Report on the working of the mental hospitals for Indians in Bihar and Orissa - 1925-1929
Year: 1925
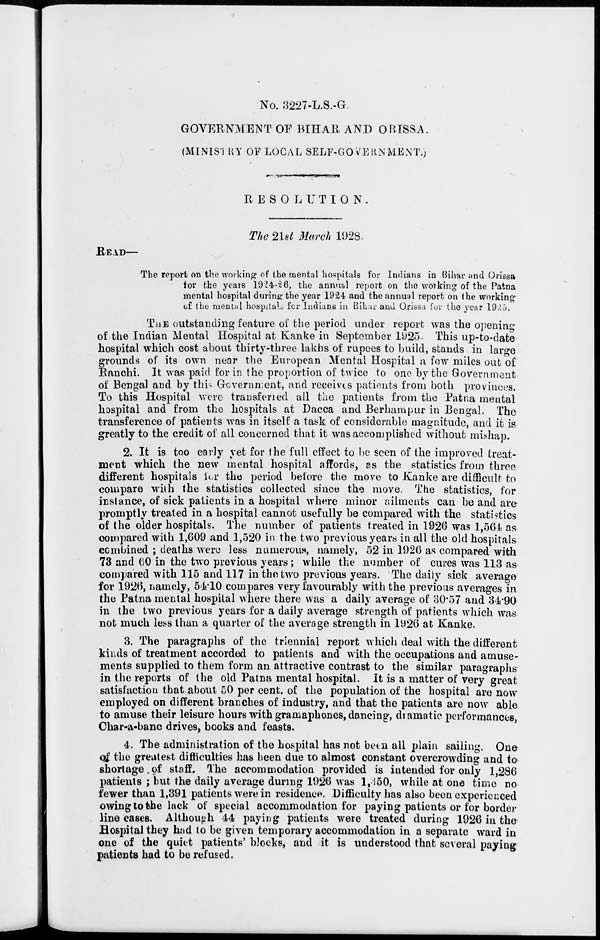
No. 3227-L.S.-G.
GOVERNMENT OF
BIHAR AND ORISSA.
(MINISTRY OF LOCAL SELF-GOVERNMENT.)
RESOLUTION.
The 21st March 1928.
READ—
The report on the working of the mental hospitals for Indians in Bihar and Orissa
for the years 1924-26, the annual report on the working of the Patna
mental hospital during: the year 1924 and the annual report on the working
of the mental hospital for Indians in Bihar and Orissa for the year 1925.
THE outstanding feature of the period under report was the opening
of the Indian Mental Hospital at Kanke in September 1925. This up-to-date
hospital which cost about thirty-three lakhs of rupees to build, stands in large
grounds of its own near the European Mental Hospital a few miles out of
Ranchi. It was paid for in the proportion of twice to one by the Government
of Bengal and by this Government, and receives patients from both provinces.
To this Hospital were transferred all the patients from the Patna mental
hospital and from the hospitals at Dacca and Berhampur in Bengal. The
transference of patients was in itself a task of considerable magnitude, and it is
greatly to the credit of all concerned that it was accomplished without mishap.
2. It is too early yet for the full effect to be seen of the improved treat-
ment which the new mental hospital affords, as the statistics from three
different hospitals for the period before the move to Kanke are difficult to
compare with the statistics collected since the move. The statistics, for
instance, of sick patients in a hospital where minor ailments can be and are
promptly treated in a hospital cannot usefully be compared with the statistics
of the older hospitals. The number of patients treated in 1926 was 1,561 as
compared with 1,609 and 1,520 in the two previous years in all the old hospitals
combined ; deaths were less numerous, namely, 52 in 1926 as compared with
73 and 60 in the two previous years; while the number of cures was 113 as
compared with 115 and 117 in the two previous years. The daily sick average
for 1926, namely, 54.10 compares very favourably with the previous averages in
the Patna mental hospital where there was a daily average of 30.57 and 34.90
in the two previous years for a daily average strength of patients which was
not much less than a quarter of the average strength in 1926 at Kanke.
3. The paragraphs of the triennial report which deal with the different
kinds of treatment accorded to patients and with the occupations and amuse-
ments supplied to them form an attractive contrast to the similar paragraphs
in the reports of the old Patna mental hospital. It is a matter of very great
satisfaction that about 50 per cent. of the population of the hospital are now
employed on different branches of industry, and that the patients are now able
to amuse their leisure hours with gramaphones, dancing, dramatic performances,
Char-a-banc drives, books and feasts.
4. The administration of the hospital has not been all plain sailing. One
of the greatest difficulties has been due to almost constant overcrowding and to
shortage of staff. The accommodation provided is intended for only 1,286
patients ; but the daily average during 1926 was 1,350, while at one time no
fewer than 1,391 patients were in residence. Difficulty has also been experienced
owing to the lack of special accommodation for paying patients or for border
line cases. Although 44 paying patients were treated during 1926 in the
Hospital they had to be given temporary accommodation in a separate ward in
one of the quiet patients' blocks, and it is understood that several paying
patients had to be refused.